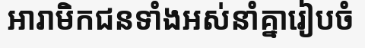
អារាមិកជនទាំងអស់នាំគ្នារៀបចំ